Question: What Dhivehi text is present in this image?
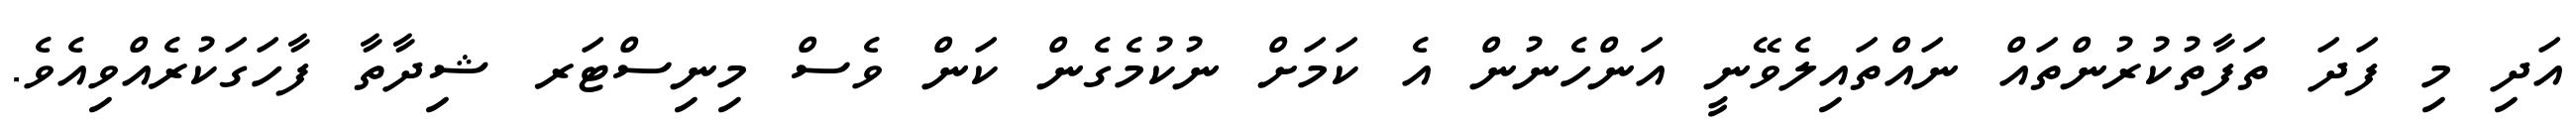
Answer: އަދި މި ފަދަ ތަފާތުކުރުންތައް ނައްތައިލެވޭނީ އަންހެނުން އެ ކަމަށް ނުކުމެގެން ކަން ވެސް މިނިސްޓަރ ޝިދާތާ ފާހަގަކުރެއްވިއެވެ.